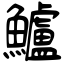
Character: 鱸